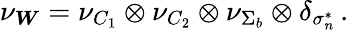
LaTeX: \nu_{\boldsymbol{W}}=\nu_{C_{1}}\otimes\nu_{C_{2}}\otimes\nu_{\Sigma_{b}}\otimes\delta_{\sigma_{n}^{*}}\, .